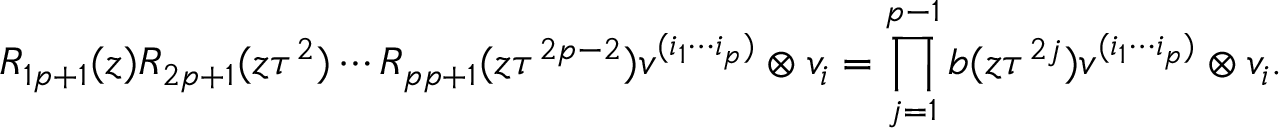
R _ { 1 p + 1 } ( z ) R _ { 2 p + 1 } ( z \tau ^ { 2 } ) \cdots R _ { p p + 1 } ( z \tau ^ { 2 p - 2 } ) v ^ { ( i _ { 1 } \cdots i _ { p } ) } \otimes v _ { i } = \prod _ { j = 1 } ^ { p - 1 } b ( z \tau ^ { 2 j } ) v ^ { ( i _ { 1 } \cdots i _ { p } ) } \otimes v _ { i } .